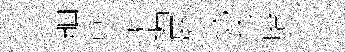
舳音愴遍屛扺翁胎